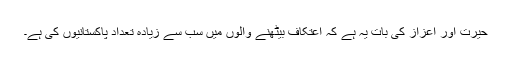
حیرت اور اعزاز کی بات یہ ہے کہ اعتکاف بیٹھنے والوں میں سب سے زیادہ تعداد پاکستانیوں کی ہے۔